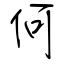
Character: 何